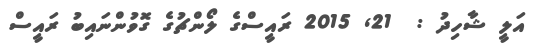
އަލީ ޝާހިދު :  21